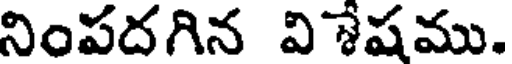
నింపదగిన విశేషము.